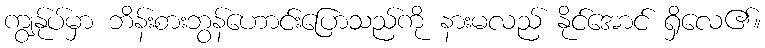
ကျွန်ုပ်မှာ ဘိန်းစားဘွန်ဟောင်းပြောသည်ကို နားမလည် နိုင်အောင် ရှိလေ၏။